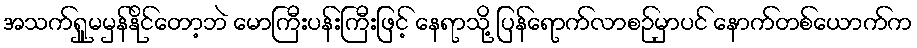
အသက်ရှူမမှန်နိုင်တော့ဘဲ မောကြီးပန်းကြီးဖြင့် နေရာသို့ ပြန်ရောက်လာစဉ်မှာပင် နောက်တစ်ယောက်က